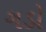
ગડો